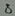
Text: 8